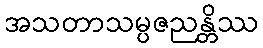
အသတာသမ္ပဇညန္တိဿ